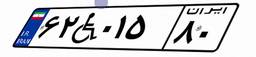
۶۲W۰۱۵۸۰